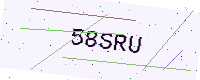
Text: 58SRU